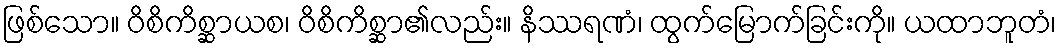
ဖြစ်သော။ ဝိစိကိစ္ဆာယစ၊ ဝိစိကိစ္ဆာ၏လည်း။ နိဿရဏံ၊ ထွက်မြောက်ခြင်းကို။ ယထာဘူတံ၊